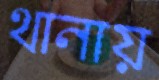
থানায়